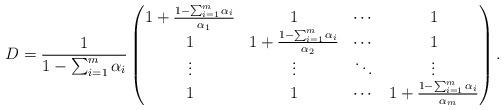
LaTeX: \begin{align*}D = \frac{1}{1-\sum_{i=1}^m \alpha_i} \begin{pmatrix}1+\frac{1-\sum_{i=1}^m \alpha_i}{\alpha_1} & 1 & \cdots & 1\\1 & 1+\frac{1-\sum_{i=1}^m \alpha_i}{\alpha_2} & \cdots & 1\\\vdots & \vdots & \ddots & \vdots\\1 & 1 & \cdots & 1+\frac{1-\sum_{i=1}^m \alpha_i}{\alpha_m}\end{pmatrix}.\end{align*}